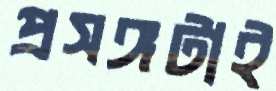
প্রসঙ্গটাই